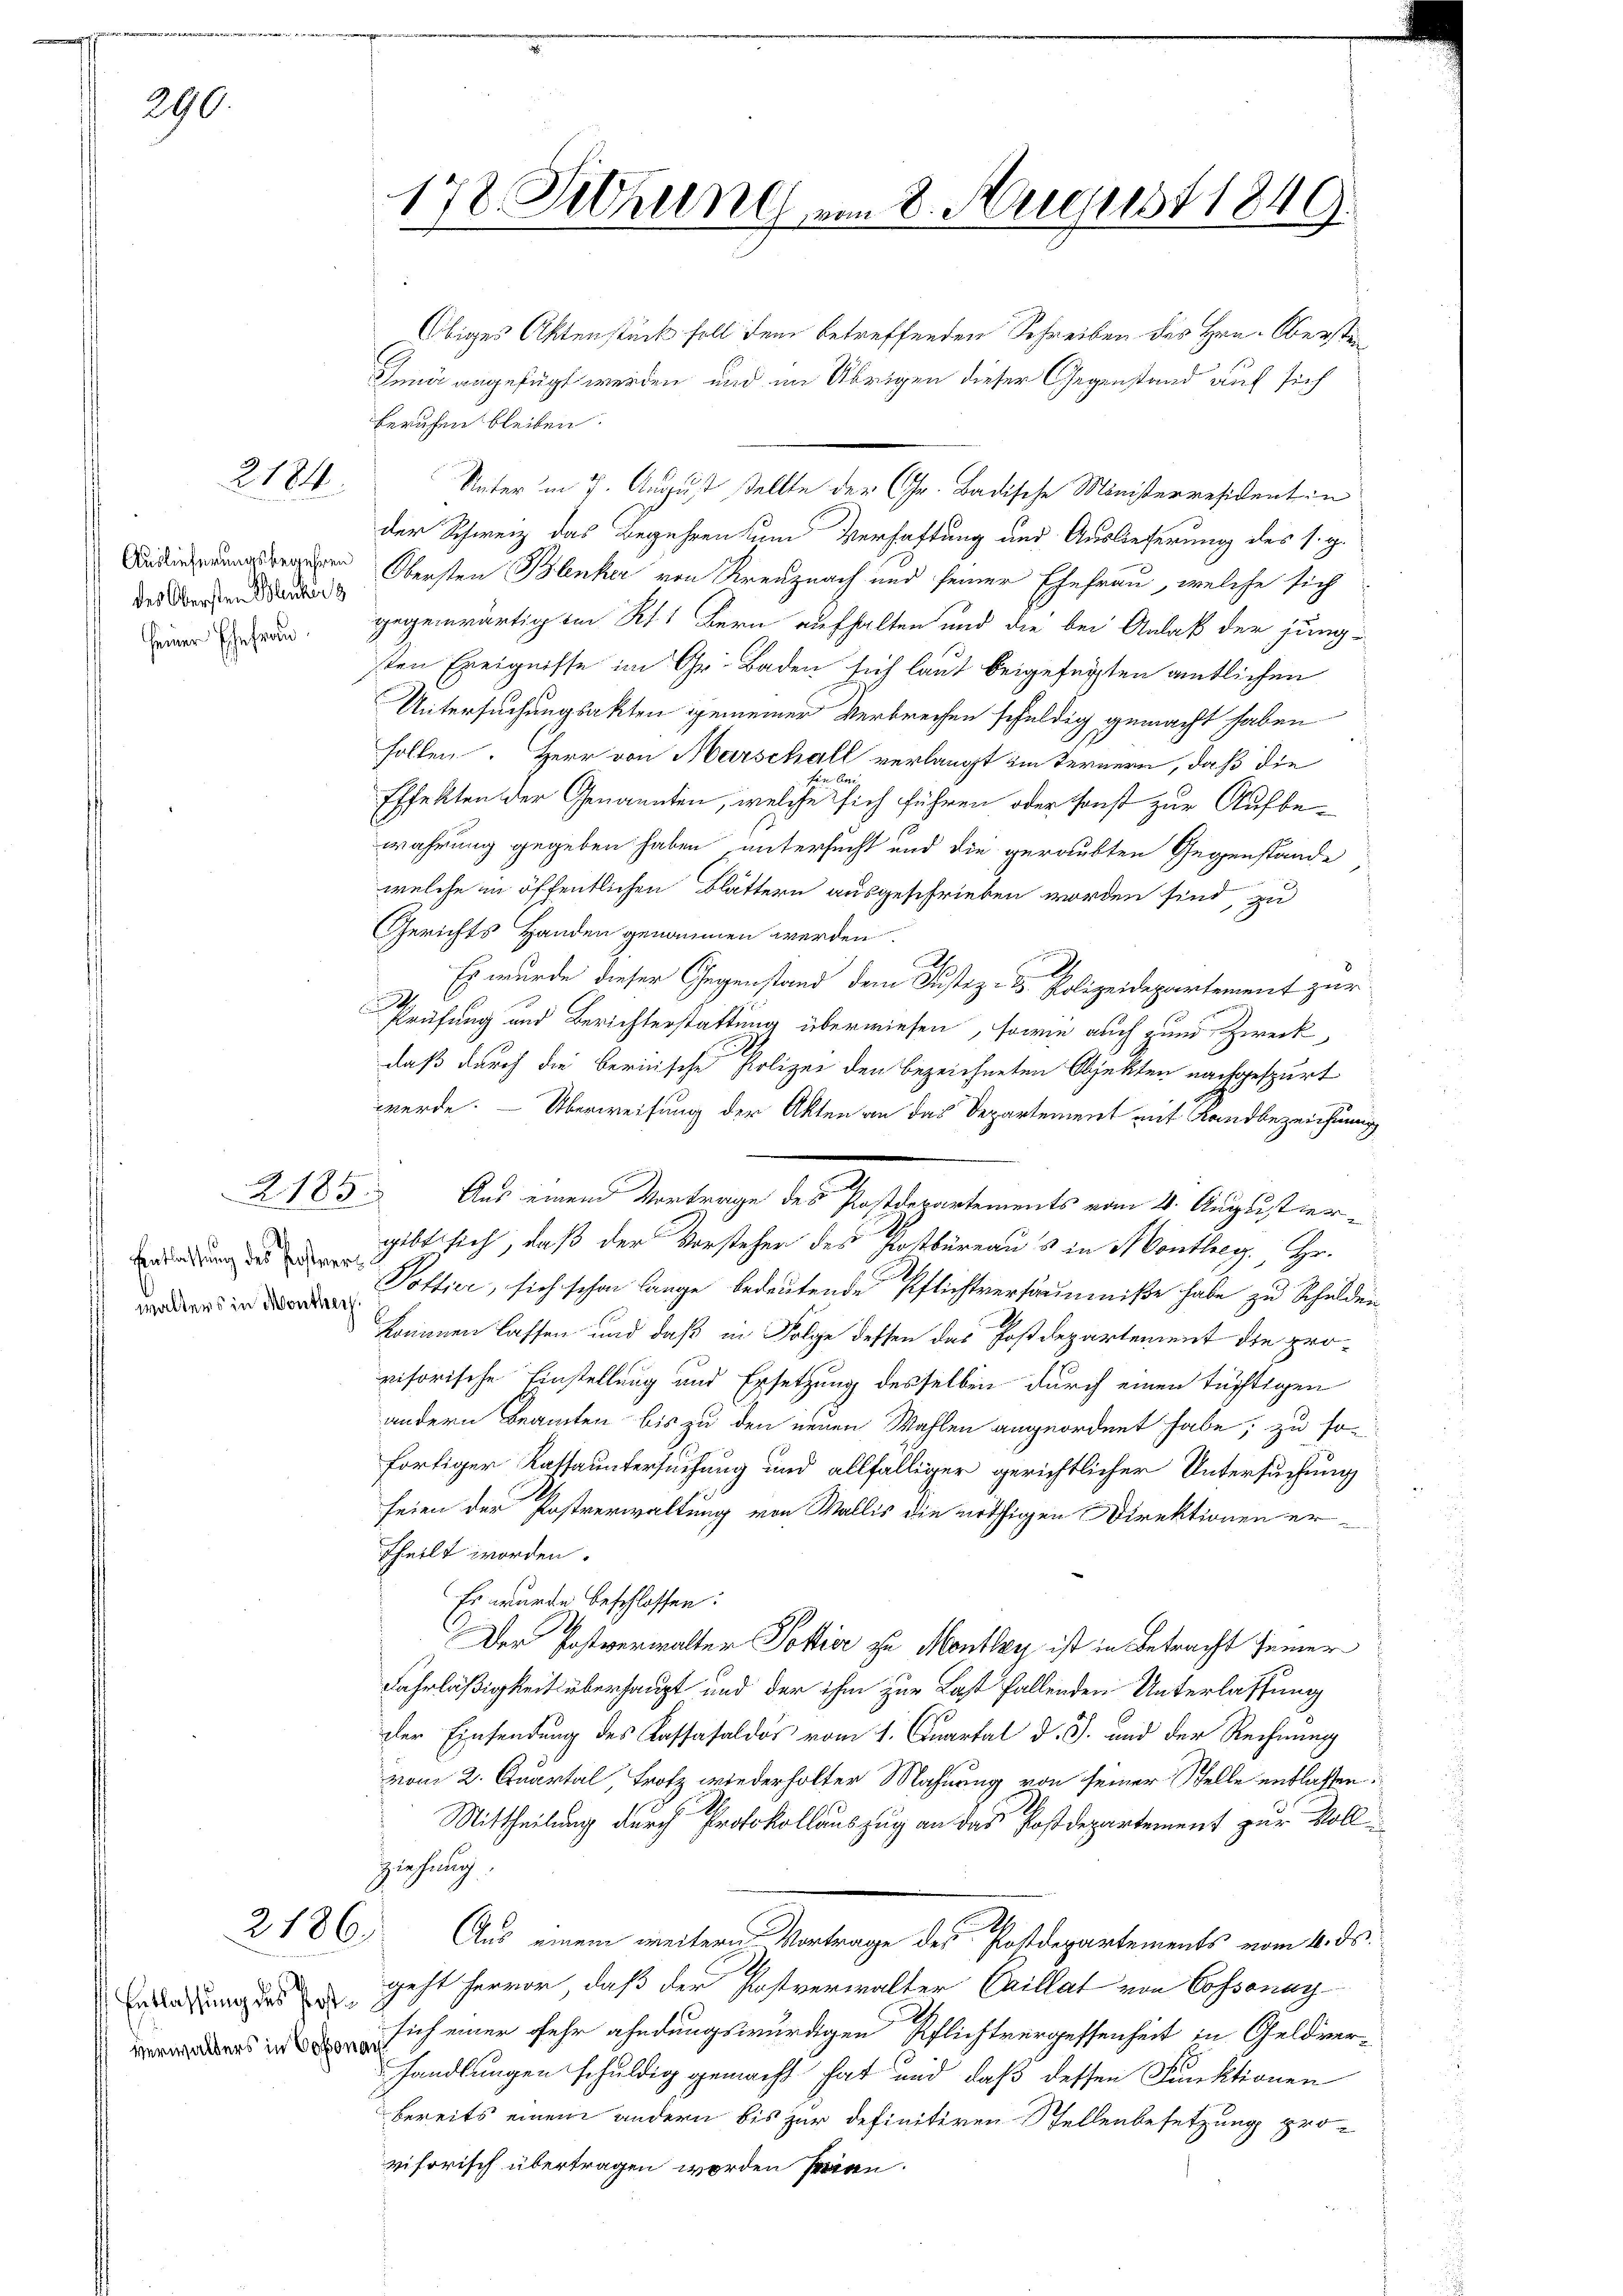
290.

2184

des Obersten Blancher z
seiner Ehefrau

2.185

Eentlassung des Postvers
walters in Monthey

Obiges Aktenstück soll dem betreffenden Schreiben des Hrn. Obersten¬
Junii angefügt werden und im Übrigen dieser Gegenstand auf sich
beruhen bleiben.
Unter in 7. August stellte der Gr. Badische Ministerresident in
der Schweiz das Begehren um Verhaftung und Auslieferung des s. g.
 Obersten Blenker von Kreuznach und seiner Ehefrau, welche sich
gegenwärtig im Kt. Bern aufhalten und die bei Anlaß der jung-
sten Ereignisse im Gr. Baden sich laut beigefügten amtlichen
Untersuchungsakten gemeiner Verbrechen schuldig gemacht haben
follen. Herr von Marschall verlangt im Ternern, daß die
hen Ans
Effekten der Genannten, welche sich führen oder sonst zur Aufbewahrung gegeben haben untersucht und die geraubten Gegenstände
welche in öffentlichen Blättern ausgeschrieben worden sind, zu
Gerichts Handen genommen werden.
.
 Es wurde dieser Gegenstand dem Justiz- & Polizeidepartement zur
Prüfung und Berichterstattung überwiesen, sowie auch zum Zweck,
daß durch die berische Polizei den bezeichneten Objekten nachgespurt
werde. Überweisung der Akten an das Departement mit Sandbezeichnung
gibt sich, daß der Vorstehen des Postbüreaus in Monthey, Hr.
Pollier, sich schon lange bedeutende Pflichtversäumniße habe zu Schulden
kommen lassen und daß in Folge dessen das Postdepartement die provisorische Einstellung und Ersetzung desselben durch einen tüchtigen
andern Beamten bis zu den neuen Wahlen angeordnet habe; zu sofortiger Kassauntersuchung und allfälliger gerichtlicher Untersuchung
seien der Postverwaltung von Wallis die nöthigen Direktionen ertheilt worden.
Es wurde beschlossen:
Der Postverwalter Pottier zu Monthey ist in Betracht seiner
Fahrläßigkeit überhaupt und der ihm zur Last fallenden Unterlassung
der Einsendung des Kassasaldos vom 1. Quartal d. Js. und der Rechnung
vom 2. Quartal, Trotz wiederholter Mahnung von seiner Stelle entlassen.
Mittheilung durch Protokollauszug an das Postdepartement zur Vollziehung.
Aus einem weitern Vortrage des Postdepartements vom 4. ds.
geht hervor, daß der Postverwalter Caillat von Cossonay
sich einer sehr ahndungswürdigen Pflichtvergessenheit in Geldverhandlungen schuldig gemacht hat und daß dessen Funktionen
bereits einem andern bis zur definitiven STellenbesetzung provisorisch übertragen worden seien.

2186.

Entlassung des Postverwalters in Cossonay

178. Sitzung vom 8. August 1849.

Aus einem Vortrage des Postdepartements vom 4. August ver¬